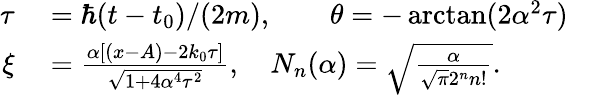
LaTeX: \begin{array}{rlr}{\tau}&{{}=\hbar(t-t_{0})/(2m),\qquad\theta=-\arctan(2\alpha^{2}\tau)}&{}\\ {\xi}&{{}=\frac{\alpha[(x-A)-2k_{0}\tau]}{\sqrt{1+4\alpha^{4}\tau^{2}}},\quad N_{n}(\alpha)=\sqrt{\frac{\alpha}{\sqrt{\pi}2^{n}n!}}.}&{}\end{array}